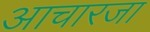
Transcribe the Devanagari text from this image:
आचारजा